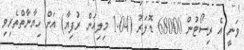
ވަނީ އެ ރިސޯޓުން 68000 ޑޮލަރު (1.04 މިލިއަން ރުފިޔާ) އަށް ހިޔާނާތްތެރިވި